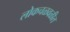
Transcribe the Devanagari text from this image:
लोकचळवळीत